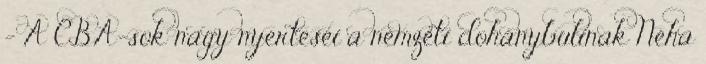
- A CBA-sok nagy nyertesei a nemzeti dohánybulinak Néha